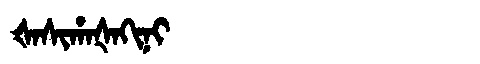
Manchu: ᡧᠠᠰᡳᡥᠠᡧᠠᡴᡳᠨᡳ
Romanization: ŠASIHAŠAKINI